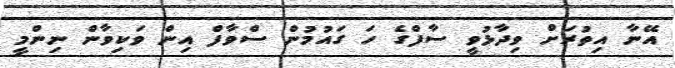
އޭނާ އިތުރަށް ވިދާޅުވީ ސާފްގެ ހަ ގައުމުން ސްވާފް އިން ވަކިވާން ނިންމީ